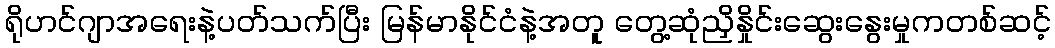
ရိုဟင်ဂျာအရေးနဲ့ပတ်သက်ပြီး မြန်မာနိုင်ငံနဲ့အတူ တွေ့ဆုံညှိနှိုင်းဆွေးနွေးမှုကတစ်ဆင့်